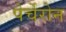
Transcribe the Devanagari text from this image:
पेर्चेरोन